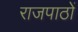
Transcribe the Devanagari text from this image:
राजपाठों